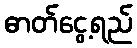
ဓာတ်ငွေ့ရည်